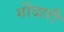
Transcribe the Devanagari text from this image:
गीदारी